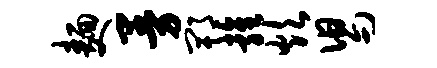
面曼郫雍炊舄